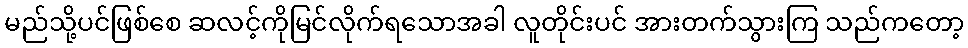
မည်သို့ပင်ဖြစ်စေ ဆလင့်ကိုမြင်လိုက်ရသောအခါ လူတိုင်းပင် အားတက်သွားကြ သည်ကတော့